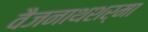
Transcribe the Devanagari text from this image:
वैजनाथशर्मा